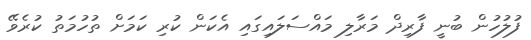
ފުލުހުން ބުނީ ފާރިދް މަރާލި މައްސަލައިގައި އެކަން ކުރި ކަމަށް ތުހުމަތު ކުރެވޭ